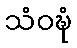
သံဝဍ္ဎံ